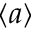
\left\langle a \right\rangle